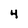
Character: 4